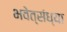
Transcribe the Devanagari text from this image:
भवेत्संध्या